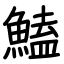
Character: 鰪